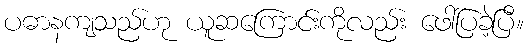
ပဓာနကျသည်ဟု ယူဆကြောင်းကိုလည်း ဖေါ်ပြခဲ့ပြီ။